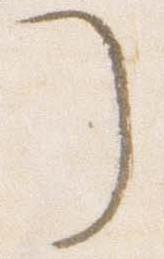
了